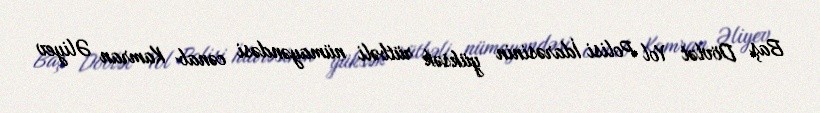
Baş Dövlət Yol Polisi İdarəsinin yüksək rütbəli nümayəndəsi cənab Kamran Əliyev